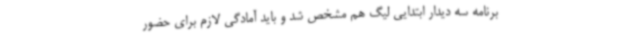
برنامه سه دیدار ابتدایی لیگ هم مشخص شد و باید آمادگی لازم برای حضور